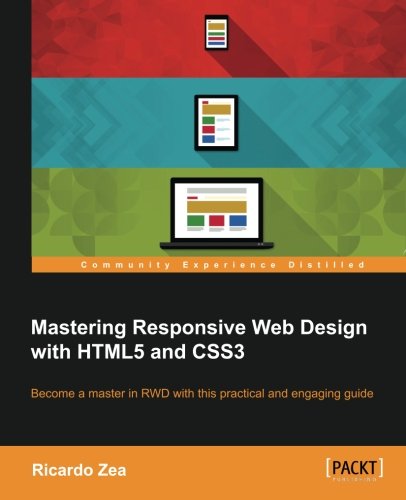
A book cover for Mastering Responsive Web Design; Ricardo Zea; Computers & Technology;